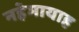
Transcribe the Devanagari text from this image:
नहेमायाह